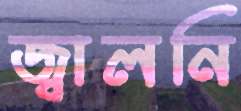
জ্বালনি